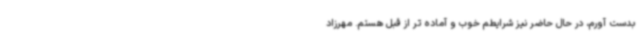
بدست آورم، در حال حاضر نیز شرایطم خوب و آماده تر از قبل هستم. مهرزاد